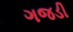
ગજડી